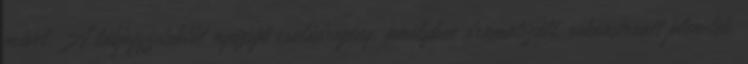
művet. A lábjegyzetektől nyüzsgő családregény, amelyben dramatizált, rekonstruált jelenetek,